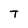
Character: T